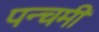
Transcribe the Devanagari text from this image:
पन्चमी